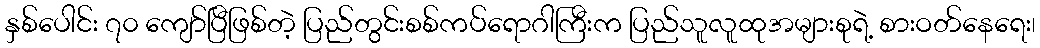
နှစ်ပေါင်း ၇၀ ကျော်ပြီဖြစ်တဲ့ ပြည်တွင်းစစ်ကပ်ရောဂါကြီးက ပြည်သူလူထုအများစုရဲ့ စားဝတ်နေရေး၊